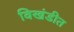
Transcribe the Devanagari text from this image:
विखंडीत